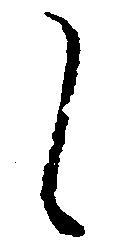
し